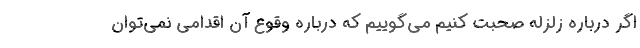
اگر درباره زلزله صحبت کنیم می‌گوییم که درباره وقوع آن اقدامی نمی‌توان